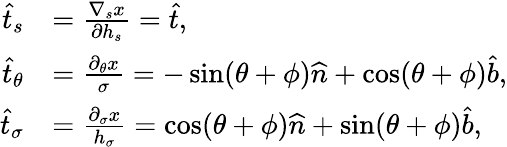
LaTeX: \begin{array}{rl}{\widehat{t}_{s}}&{=\frac{\nabla_{s}x}{\partial h_{s}}=\widehat{t},}\\ {\widehat{t}_{\theta}}&{=\frac{\partial_{\theta}x}{\sigma}=-\sin(\theta+\phi)\widehat{n}+\cos(\theta+\phi)\widehat{b},}\\ {\widehat{t}_{\sigma}}&{=\frac{\partial_{\sigma}x}{h_{\sigma}}=\cos(\theta+\phi)\widehat{n}+\sin(\theta+\phi)\widehat{b},}\end{array}